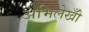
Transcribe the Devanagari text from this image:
अभिलेखोँ